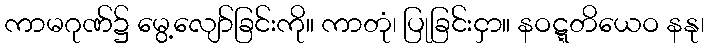
ကာမဂုဏ်၌ မွေ့လျော်ခြင်းကို။ ကာတုံ၊ ပြုခြင်းငှာ။ နဝဋ္ဋတိယေဝ နနု၊